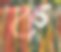
ক